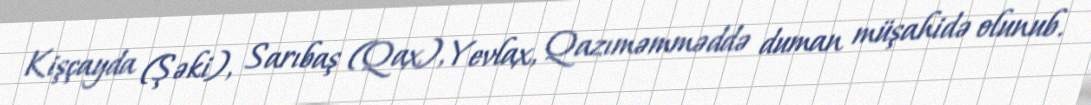
Kişçayda (Şəki), Sarıbaş (Qax), Yevlax, Qazıməmməddə duman müşahidə olunub.